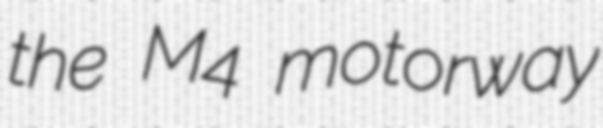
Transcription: the M4 motorway